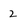
Character: 2